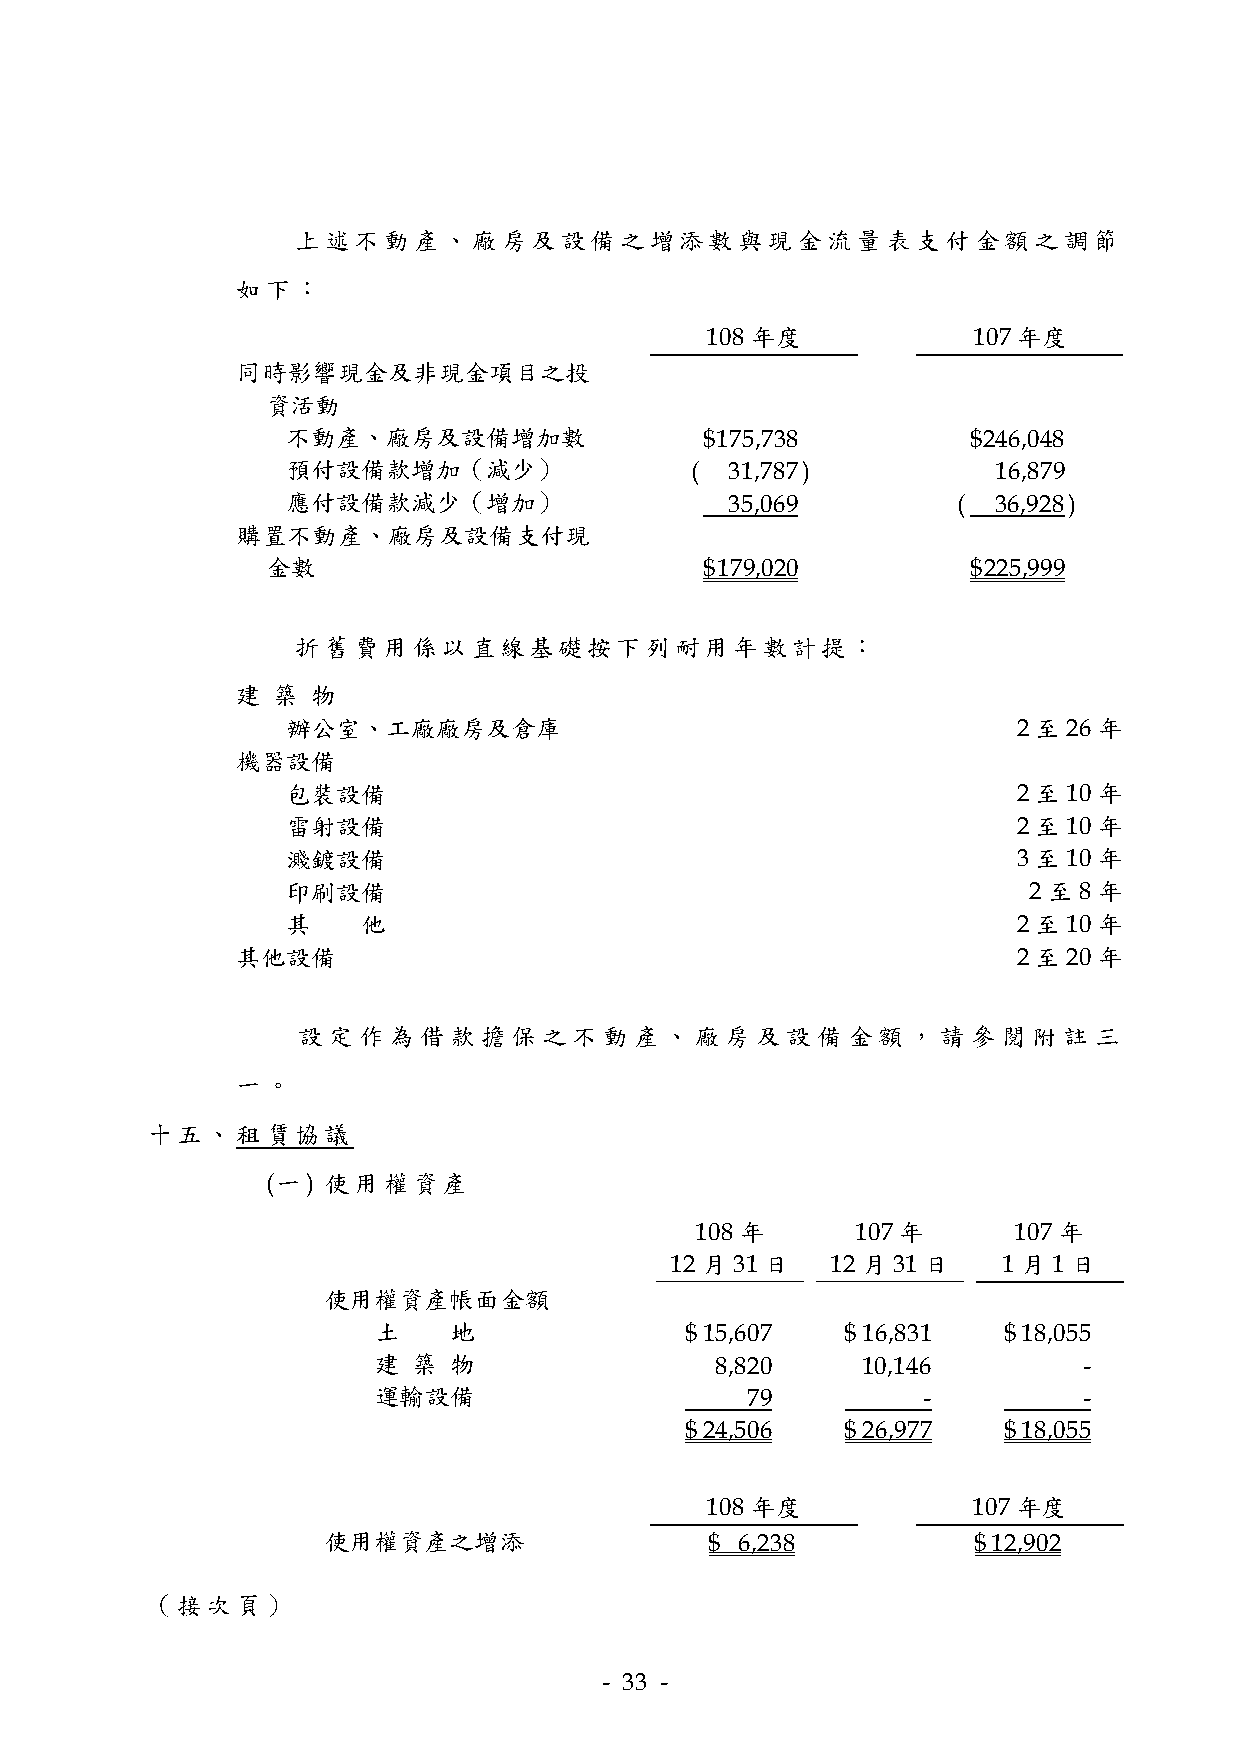
上述不動產、廠房及設備之增添數與現金流量表支付金額之調節
 如下：
 108 年度           107 年度
 同時影響現金及非現金項目之投
 資活動
 不動產、廠房及設備增加數                $ 175,738        $ 246,048
 預付設備款增加（減少）                ( 31,787 )          16,879
 應付設備款減少（增加）                  35,069         (  36,928 )
 購置不動產、廠房及設備支付現
 金數                           $ 179,020        $ 225,999
 折舊費用係以直線基礎按下列耐用年數計提：
 建 築  物
 辦公室、工廠廠房及倉庫                                     2 至26 年
 機器設備
 包裝設備                                            2 至10 年
 雷射設備                                            2 至10 年
 濺鍍設備                                            3 至10 年
 印刷設備                                             2 至8 年
 其    他                                          2 至10 年
 其他設備                                               2 至20 年
 設定作為借款擔保之不動產、廠房及設備金額，請參閱附註                          三
 一。
 十五、   租賃協議
 (一) 使用權資產
 108 年      107 年     107 年
 12 月31 日   12 月31 日   1 月1 日
 使用權資產帳面金額
 土    地              $ 15,607   $ 16,831  $ 18,055
 建 築  物                8,820     10,146         -
 運輸設備                    79          -          -
 $ 24,506   $ 26,977  $ 18,055
 108 年度           107 年度
 使用權資產之增添                 $ 6,238           $ 12,902
 （接次頁）
 - 33 -